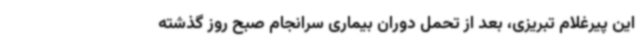
این پیرغلام تبریزی، بعد از تحمل دوران بیماری سرانجام صبح روز گذشته